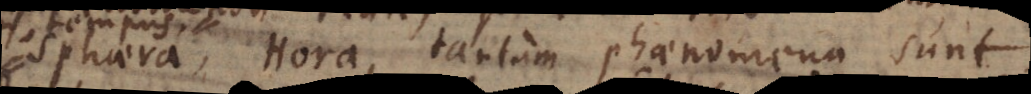
sphaera, Hora, tantum phaenomena sunt,